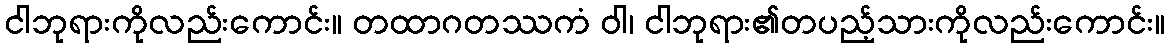
ငါဘုရားကိုလည်းကောင်း။ တထာဂတဿကံ ဝါ၊ ငါဘုရား၏တပည့်သားကိုလည်းကောင်း။